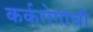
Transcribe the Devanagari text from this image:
कर्करोगांची